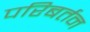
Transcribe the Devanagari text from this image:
परिबर्तन